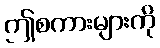
ဤစကားများကို